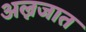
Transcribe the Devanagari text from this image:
अल्नजात